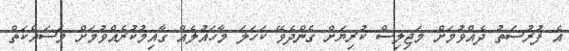
އެ ފުރުސަތު ދެއްވުމަށް މަޖިލިސް ކުރިޔަށް ގެންދެވޭ ކަހަލަ މާހައުލެއް ގާއިމުކުރެއްވުމަށް މަސައްކަތް